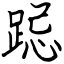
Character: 跽